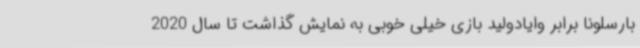
بارسلونا برابر وایادولید بازی خیلی خوبی به نمایش گذاشت تا سال 2020